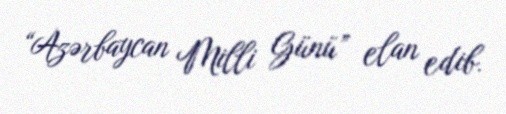
“Azərbaycan Milli Günü” elan edib.